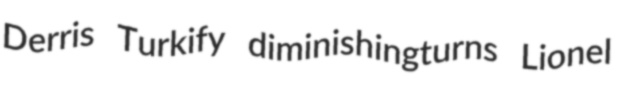
Derris Turkify diminishingturns Lionel